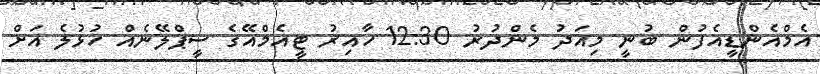
އެމްއެންޑީއެފުން ބުނީ މިއަދު މެންދުރު 12:30 ހާއިރު ޓީއެމްއޭގެ ސީޕްލޭނެއް ހުޅުލެ އަށް